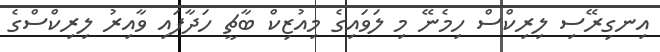
އިނގިރޭސި ލިރިކްސް ހިމެނޭ މި ލަވައިގެ މިއުޒިކް ބާޗީ ހަދާފައި ވާއިރު ލިރިކްސްގެ